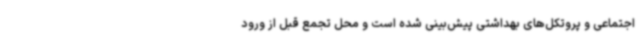
اجتماعی و پروتکل‌های بهداشتی پیش‌بینی شده است و محل تجمع قبل از ورود